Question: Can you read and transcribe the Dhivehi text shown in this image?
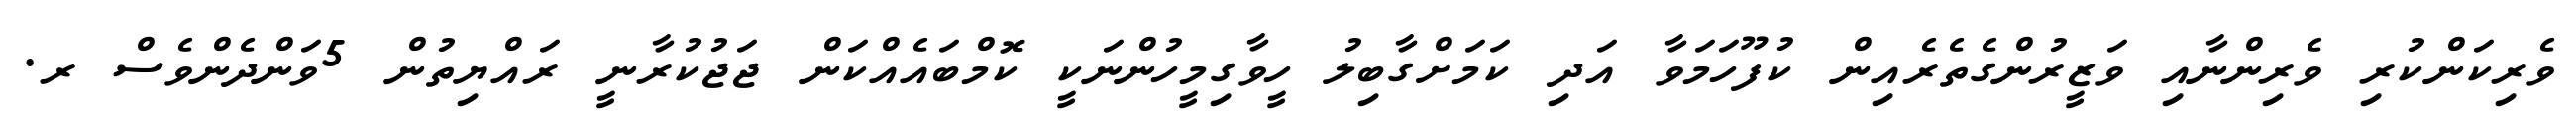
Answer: ވެރިކަންކުރި ވެރިންނާއި ވަޒީރުންގެތެރެއިން ކުފޫހަމަވާ އަދި ކަމަށްގާބިލު ހީވާގިމީހުންނަކީ ކޮމްބައެއްކަން ޖަޖުކުރާނީ ރައްޔިތުން 5ވަންދެންވެސް ރ.